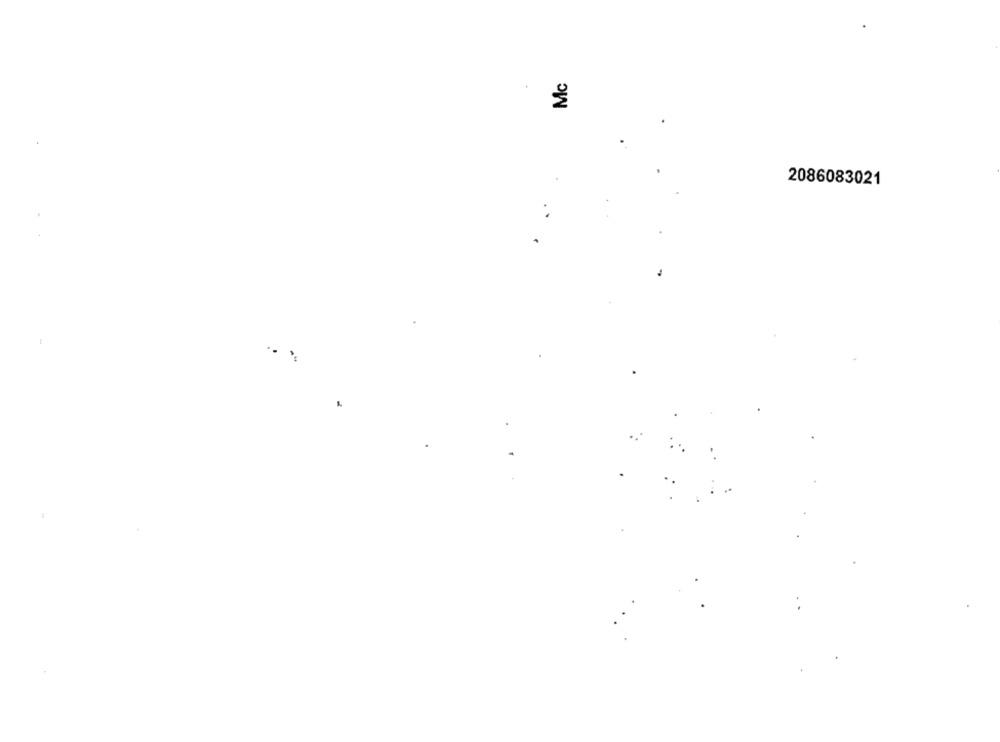
Mc
2086083021